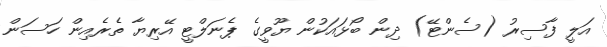
އަލީ ފާސިރު (ސެންޓޭ) ދިން ބޯޅައަކުން ޔޫވީގެ ޕެނަލްޓީ އޭރިޔާ ތެރެއިން ހަސަން